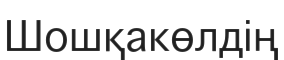
Шошқакөлдің